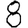
Digit: 8